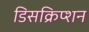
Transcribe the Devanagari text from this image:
डिसक्रिप्शन